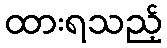
ထားရသည့်